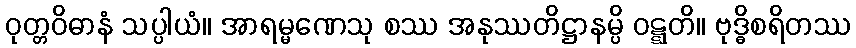
ဝုတ္တဝိဓာနံ သပ္ပါယံ။ အာရမ္မဏေသု စဿ အနုဿတိဋ္ဌာနမ္ပိ ဝဋ္ဋတိ။ ဗုဒ္ဓိစရိတဿ